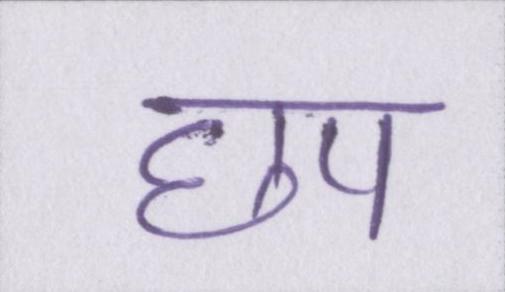
छप